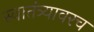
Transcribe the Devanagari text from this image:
स्वातंत्र्यावरच